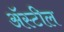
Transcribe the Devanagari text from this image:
अॅस्टील